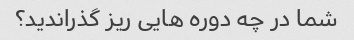
شما در چه دوره هایی ریز گذراندید؟